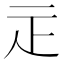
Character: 𤴕